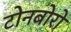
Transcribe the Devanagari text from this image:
टोनबोरो